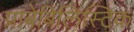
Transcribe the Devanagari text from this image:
प्राबेबिलिस्टिक